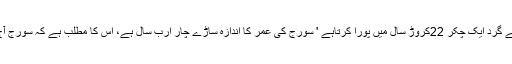
سورج 240کلومیٹر فی سکینڈ کی رفتار سے اپنے مرکز کے گرد ایک چکر 22کروڑ سال میں پورا کرتاہے ' سورج کی عمر کا اندازہ ساڑے چار ارب سال ہے، اس کا مطلب ہے کہ سورج آج تک اپنے مرکز کے گر دتقریباً 20مرتبہ چکر لگاچکاہے۔